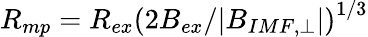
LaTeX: R_{mp}=R_{ex}\left(2B_{ex}/|B_{IMF,\perp}|\right)^{1/3}